Indian journal of veterinary science and animal husbandry - Volumes 18-21, 1948-1951
Year: 1948
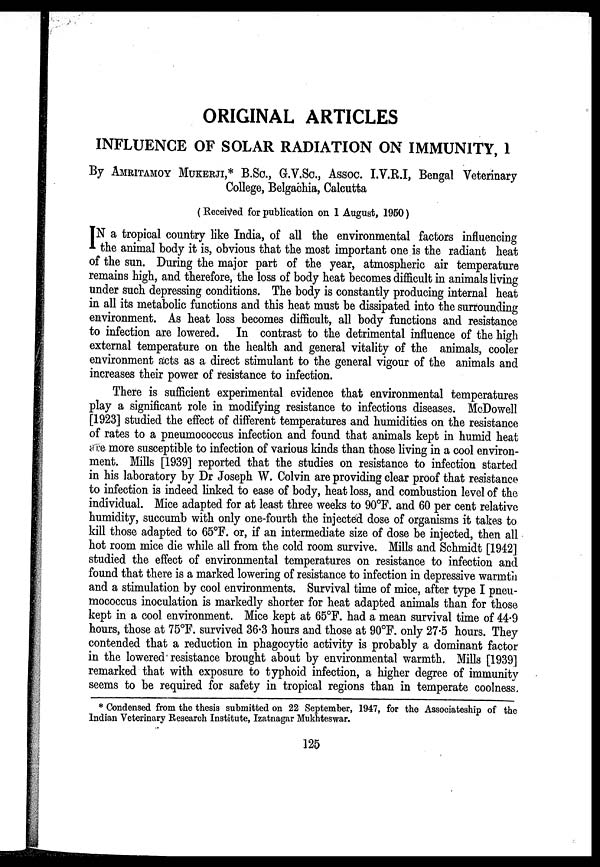
ORIGINAL ARTICLES
INFLUENCE OF SOLAR RADIATION ON IMMUNITY, 1
By AMRITAMOY MUKERJI,* B.SC., G.V.Sc, ASSOC. I.V.R.I, Bengal Veterinary
College, Belgachia, Calcutta
(Received for publication on 1 August, 1950)
I N a tropical country like India, of all the environmental factors influencing
the animal body it is, obvious that the most important one is the radiant heat
of the sun. During the major part of the year, atmospheric air temperature
remains high, and therefore, the loss of body heat becomes difficult in animals living
under such depressing conditions. The body is constantly producing internal heat
in all its metabolic functions and this heat must be dissipated into the surrounding
environment. As heat loss becomes difficult, all body functions and resistance
to infection are lowered. In contrast to the detrimental influence of the high
external temperature on the health and general vitality of the animals, cooler
environment acts as a direct stimulant to the general vigour of the animals and
increases their power of resistance to infection.
There is sufficient experimental evidence that environmental temperatures
play a significant role in modifying resistance to infectious diseases. McDowell
[1923] studied the effect of different temperatures and humidities on the resistance
of rates to a pneumococcus infection and found that animals kept in humid heat
are more susceptible to infection of various kinds than those living in a cool environ-
ment. Mills [1939] reported that the studies on resistance to infection started
in his laboratory by Dr Joseph W. Colvin are providing clear proof that resistance
to infection is indeed linked to ease of body, heat loss, and combustion level of the
individual. Mice adapted for at least three weeks to 90°F. and 60 per cent relative
humidity, succumb with only one-fourth the injected dose of organisms it takes to
kill those adapted to 65°F. or, if an intermediate size of dose be injected, then all
hot room mice die while all from the cold room survive. Mills and Schmidt [1942]
studied the effect of environmental temperatures on resistance to infection and
found that there is a marked lowering of resistance to infection in depressive warmth
and a stimulation by cool environments. Survival time of mice, after type I pneu-
mococcus inoculation is markedly shorter for heat adapted animals than for those
kept in a cool environment. Mice kept at 65°F. had a mean survival time of 44.9
hours, those at 75°F. survived 36.3 hours and those at 90°F. only 27.5 hours. They
contended that a reduction in phagocytic activity is probably a dominant factor
in the lowered resistance brought about by environmental warmth. Mills [1939]
remarked that with exposure to typhoid infection, a higher degree of immunity
seems to be required for safety in tropical regions than in temperate coolness.
* Condensed from the thesis submitted on 22 September, 1947, for the Associateship of the
Indian Veterinary Research Institute, Izatnagar Mukhteswar.
125